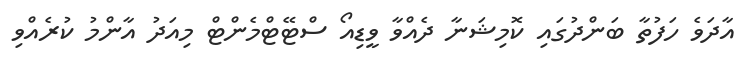
އާދަވެ ހަފުތާ ބަންދުގައި ކޮމިޝަނާ ދެއްވާ ވީޑިއޯ ސްޓޭޓްމެންޓް މިއަދު އާންމު ކުރެއްވި